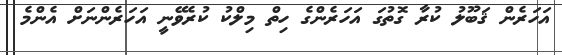
އަހަރެން ޤަބޫލު ކުރާ ގޮތުގަ އަހަރެންގެ ހިތް މިލްކު ކުރެވޭނީ އަހަރެންނަށް އެންމެ